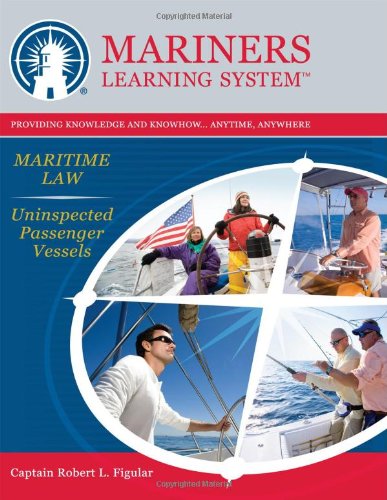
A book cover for Captain's License - Maritime Law (Uninspected Passenger Vessels); Captain Robert L. Figular; Law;